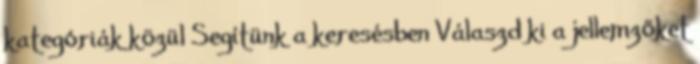
kategóriák közül Segítünk a keresésben Válaszd ki a jellemzőket